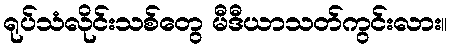
ရုပ်သံလိုင်းသစ်တွေ မီဒီယာသတ်ကွင်းလား။